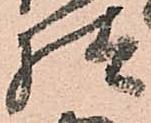
様